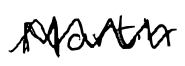
Text: Martin
Cross-out: zig-zag
Writing tool: digital_black